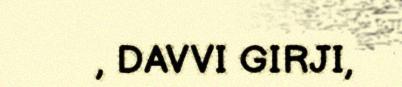
, DAVVI GIRJI,